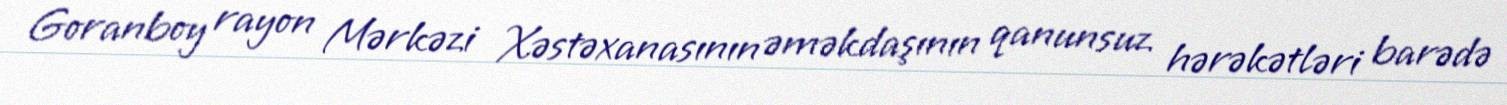
Goranboy rayon Mərkəzi Xəstəxanasının əməkdaşının qanunsuz hərəkətləri barədə